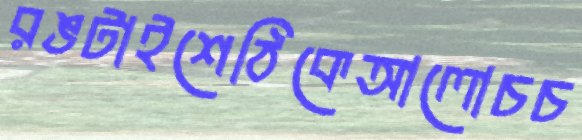
রঙটাইশেঠিকেআলোচচ